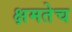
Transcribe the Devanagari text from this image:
क्षमतेच